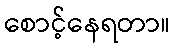
စောင့်နေရတာ။